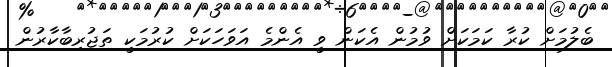
ބެލުމަށް ކުރާ ކަމަކަށް ވުމުން އެކަން ވީ އެންމެ އަވަހަކަށް ކުރުމަކީ ތަޖުރިބާކާރުން